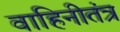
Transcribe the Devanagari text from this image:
वाहिनीतंत्र